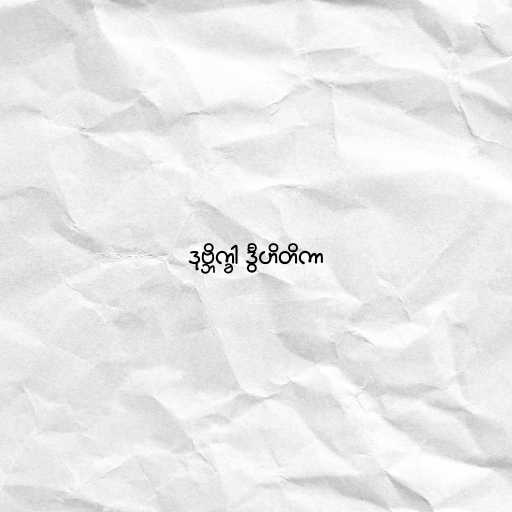
ဒုဗ္ဘိက္ခါ ဒွီဟိတိကာ